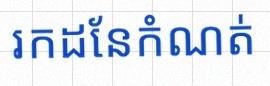
រកដែនកំណត់